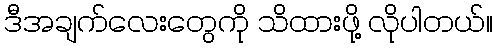
ဒီအချက်လေးတွေကို သိထားဖို့ လိုပါတယ်။